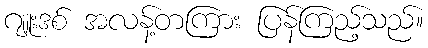
ဂျူးဒစ် အလန့်တကြား ပြန်ကြည့်သည်။